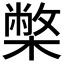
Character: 𭬅